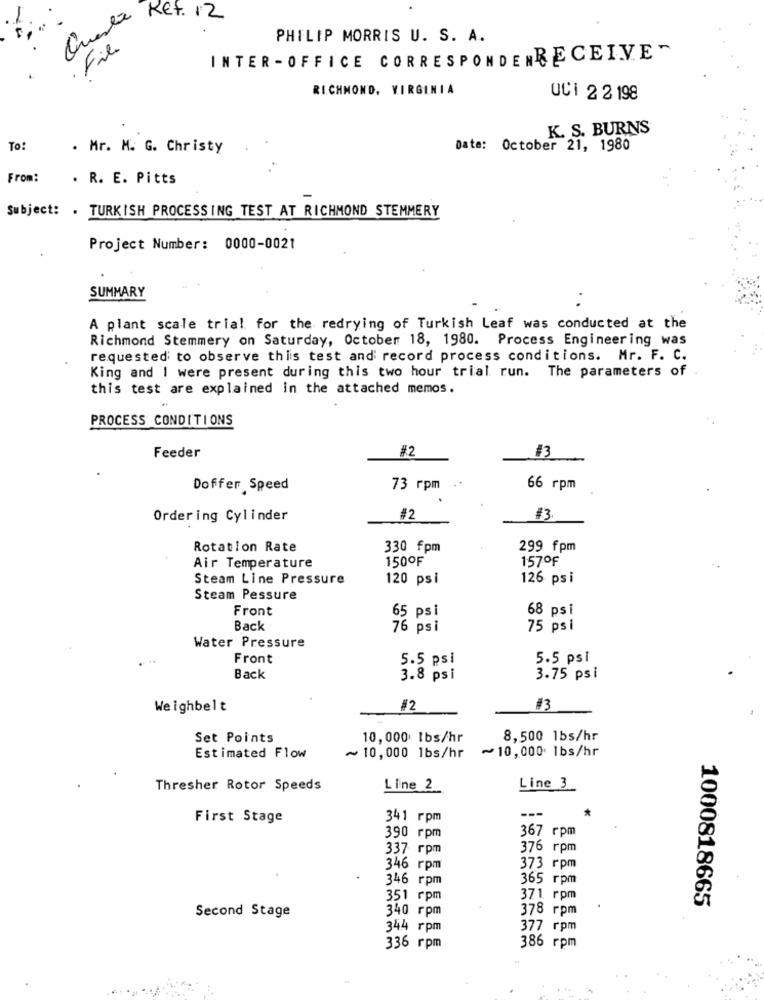
Questa
Ket. 12
PHILIP MORRIS U. S. A.
Fil.
INTER -OFFICE CORRESPONDENRECEIVE-
RICHMOND, VIRGINIA
UCI 2 2 198
K. S. BURNS
To:
. Mr. M. G. Christy
Date: October 21, 1980
From:
. R. E. Pitts
Subject: . TURKISH PROCESSING TEST AT RICHMOND STEMMERY
Project Number: 0000-0021
SUMMARY
A plant scale trial for the redrying of Turkish Leaf was conducted at the
Richmond Stemmery on Saturday, October 18, 1980. Process Engineering was
requested to observe this test and record process conditions. Mr. F. C.
King and I were present during this two hour trial run. The parameters of
this test are explained in the attached memos.
PROCESS CONDITIONS
#2
Feeder
13
Doffer Speed
73 rpm
66 rpm
Ordering Cylinder
#2
#3
Rotation Rate
330 fpm
299 fpm
150ºF
157ºF
Air Temperature
Steam Line Pressure
120 psi
126 psi
Steam Pessure
Front
65 psi
68 psi
Back
76 psi
75 psi
Water Pressure
Front
5.5 psi
5.5 psi
Back
3.8 psi
3.75 psi
Weighbelt
#2
#3
Set Points
10,000 Ibs/hr
8,500 1bs/hr
~ 10,000 1bs/hr
Estimated Flow
~ 10,000 1bs/hr
Line 3
Thresher Rotor Speeds
Line 2
---
*
First Stage
341 rpm
367 rpm
390 rpm
337 rpm
376 rpm
346 rpm
373 rpm
346 rpm
365 грm
351 rpm
371 rpm
1000818665
340 rpm
378 rpm
Second Stage
344 rpm
377 rpm
386 rpm
336 rpm